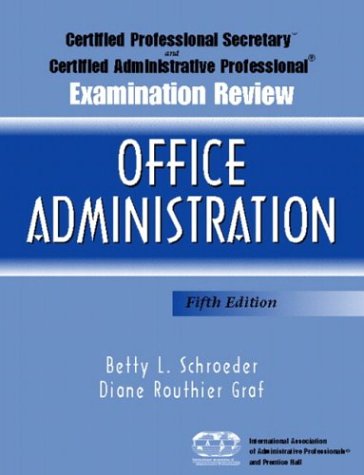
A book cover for Certified Professional Secretary Examination and Certified Administrative Professional Examination Review: Office Administration, Fifth Edition; Betty L. Schroeder; Business & Money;